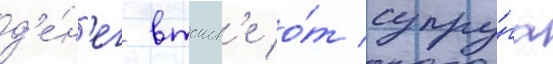
д'е́н'ег втаин'е о́т супру́га